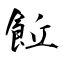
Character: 𩚨